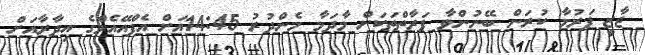
ޖާޒީ ފަރުމާ ކުރަން ބޭނުންވާ ފަރާތްތަކަށް މާދަމާ މެންދުރު 14:45އަށް އެފްއޭއެމްގެ އިދާރާއަށް